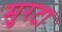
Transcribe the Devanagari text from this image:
मुरटा